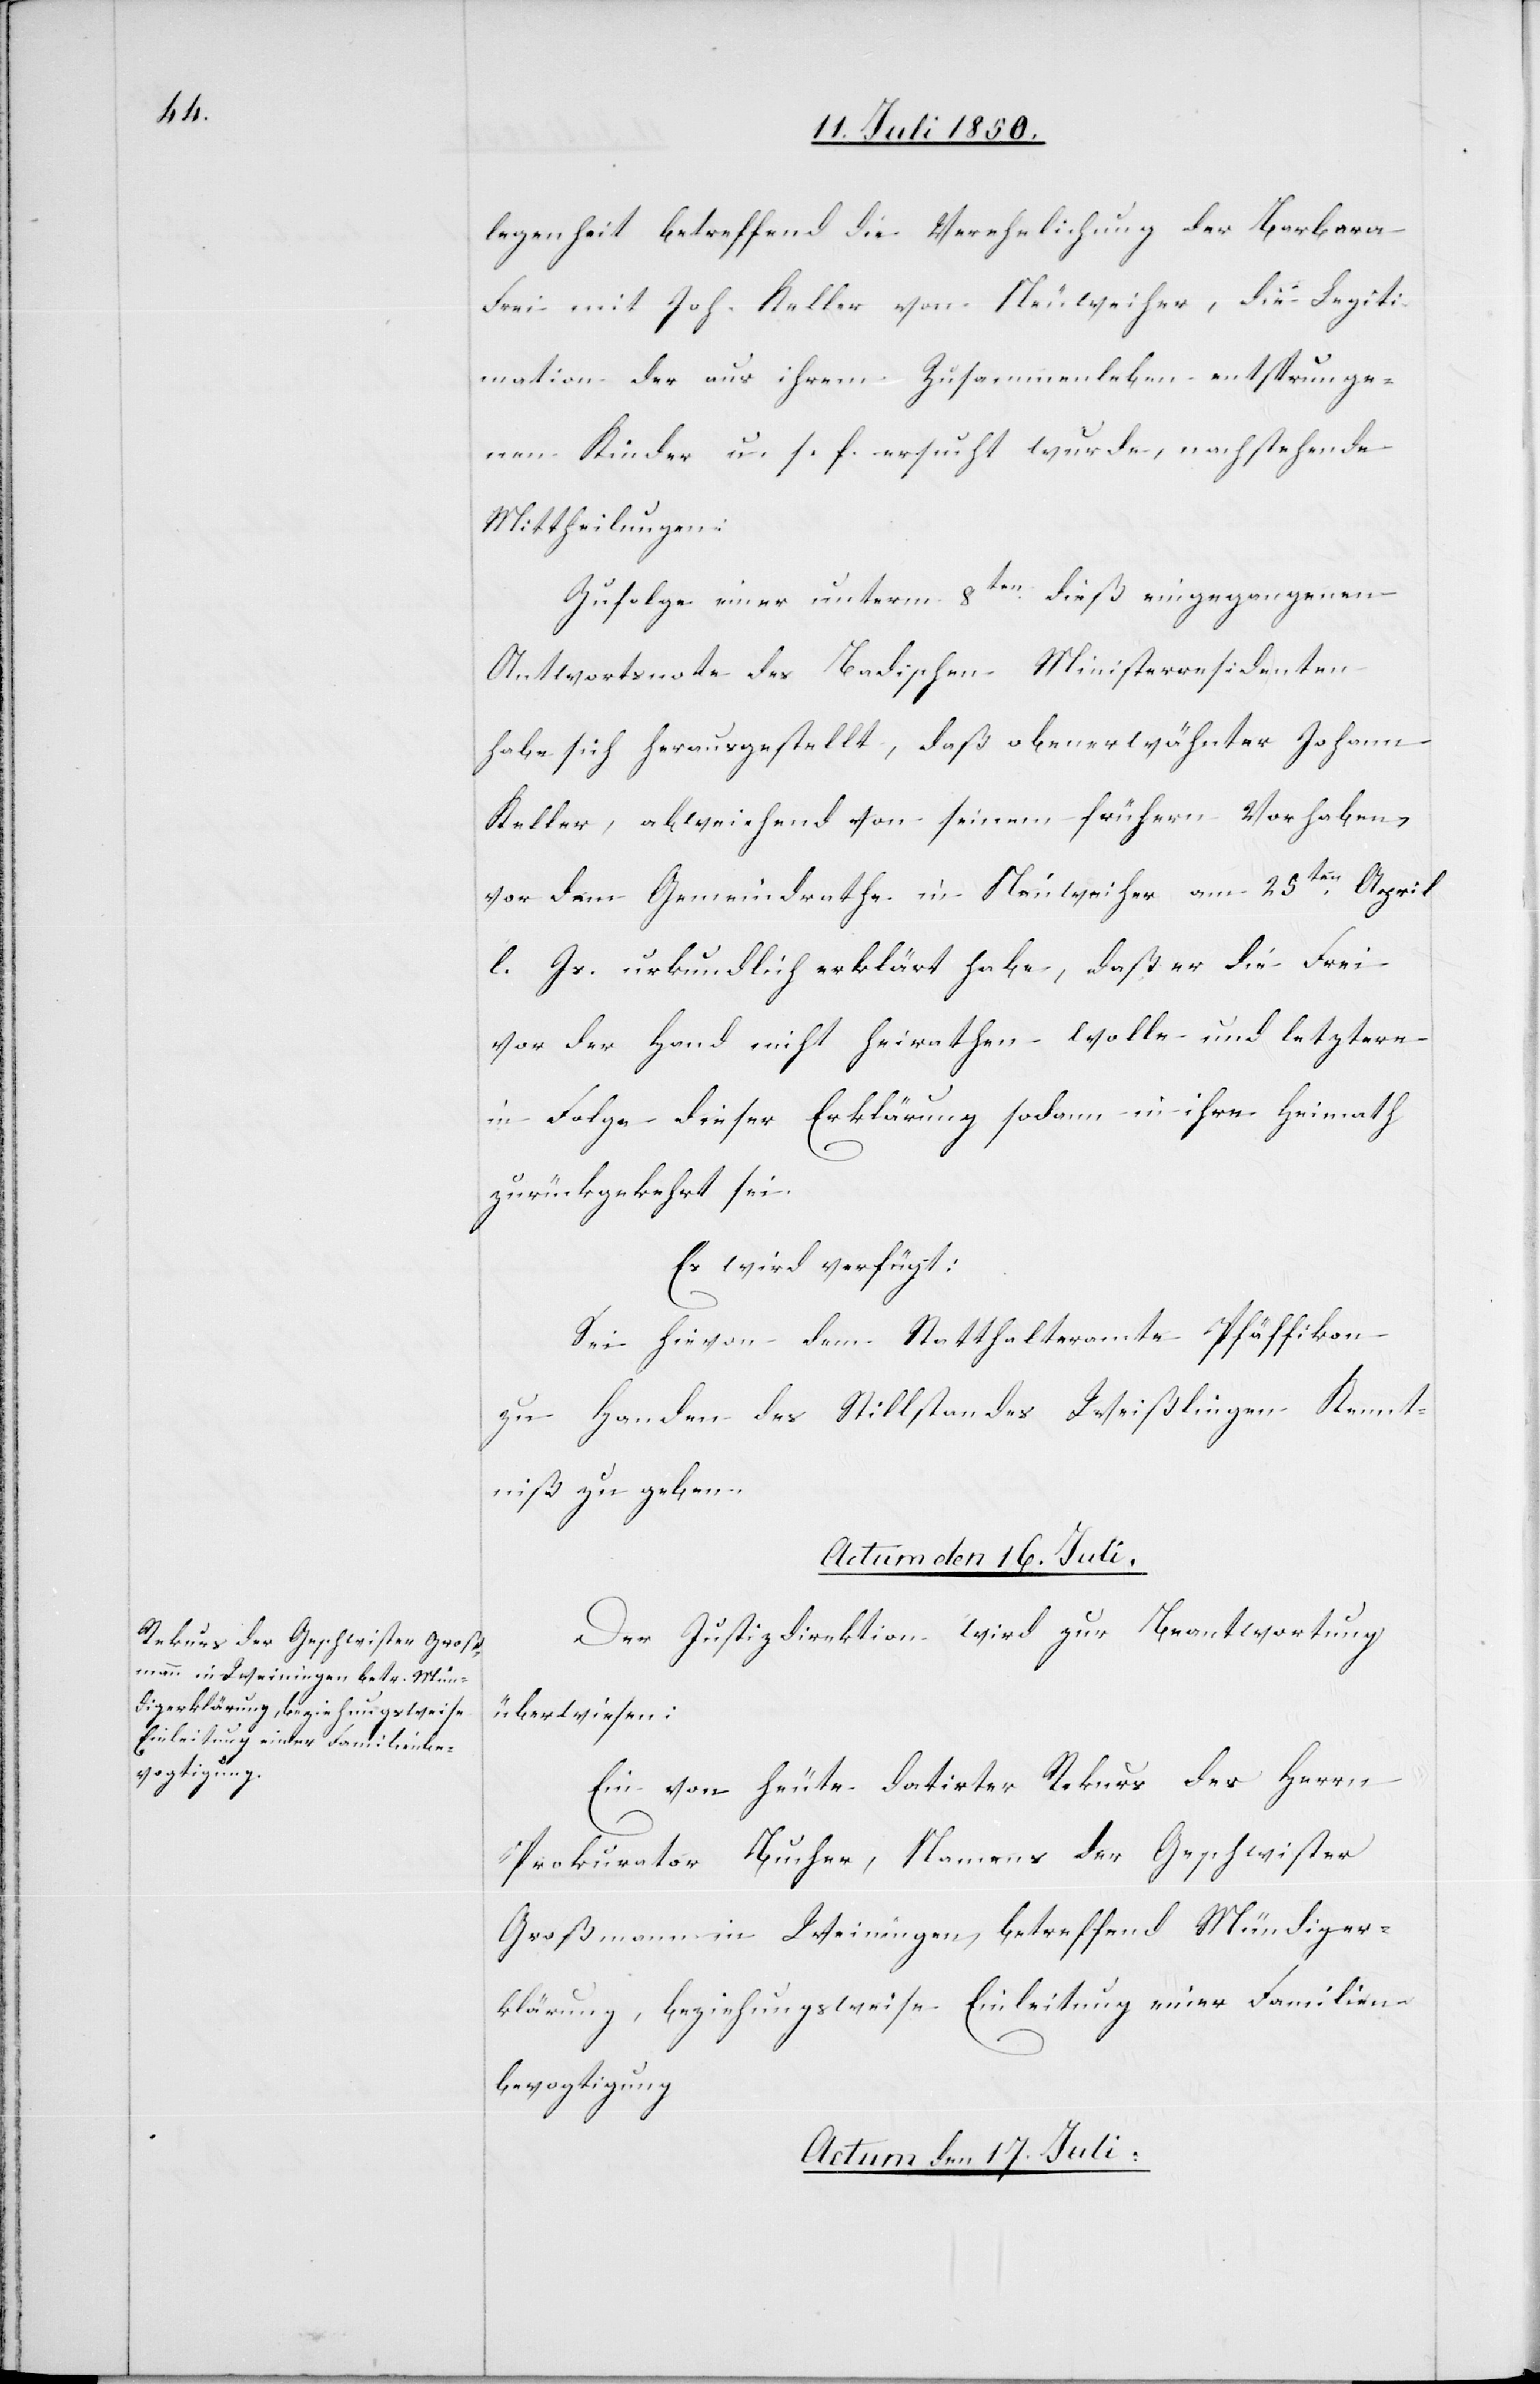
legenheit betreffend die Verehelichung der Barbara
Frei mit Joh. Keller von Neuweiher, die Legiti¬
mation der aus ihrem Zusammenleben entsprunge¬
nen Kinder u. s. f. ersucht wurde, nachstehende
Mittheilungen:
Zufolge einer unterm 8ten dieß eingegangenen
Antwortsnote des Badischen Ministerresidenten
habe sich herausgestellt, daß obenerwähnter Johann
Keller, abweichend von seinem frühern Vorhaben,
vor dem Gemeindrathe in Neuweiher am 25ten April
l. Js. urkundlich erklärt habe, daß er die Frei
vor der Hand nicht heirathen wolle und letztere
in Folge dieser Erklärung sodann in ihre Heimath
zurückgekehrt sei.
Es wird verfügt:
Sei hievon dem Statthalteramte Pfäffikon
zu Handen des Stillstandes Weißlingen Kennt¬
niß zu geben.
Actum den 16. Juli.
Der Justizdirektion wird zur Beantwortung
überwiesen:
Ein von heute datirter Rekurs des Herrn
Prokurator Bucher, Namens der Geschwister
Großmann in Weiningen, betreffend Mündiger¬
klärung, beziehungsweise Einleitung einer Familien¬
bevogtigung.
Actum den 17. Juli.